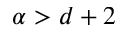
\alpha > d + 2